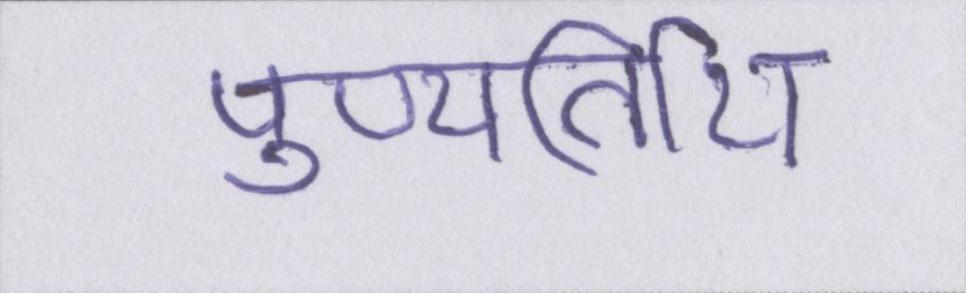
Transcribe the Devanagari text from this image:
पुण्यतिथि